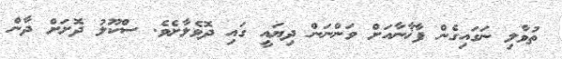
ތުވާލި ނަގައިގެން ފާޚާނާއަށް ވަންނަން ދިޔައީ ގައި ދޮވެލާށެވެ. ސްކޫލު ދޮށަށް ދާން